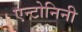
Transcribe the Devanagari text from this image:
एन्टोनिनी